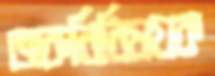
জরুরিবিষয়ক